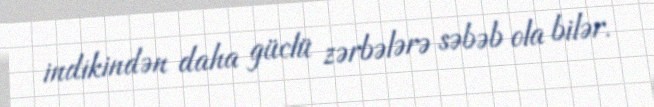
indikindən daha güclü zərbələrə səbəb ola bilər.